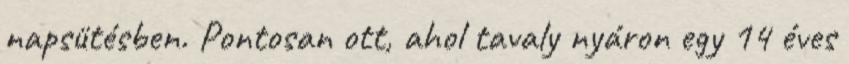
napsütésben. Pontosan ott, ahol tavaly nyáron egy 14 éves